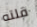
قلته